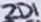
Text: ZD1